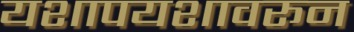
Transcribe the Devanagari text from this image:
यशापयशावरून